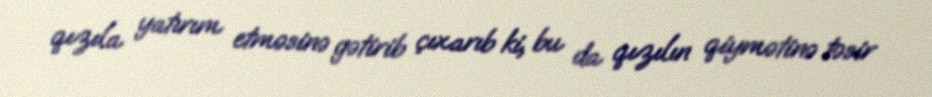
qızıla yatırım etməsinə gətirib çıxarıb ki, bu da qızılın qiymətinə təsir